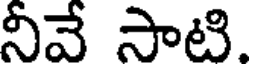
నీవే సాటి.